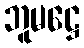
ဘူမဋ္ဌေ